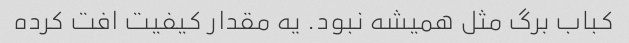
کباب برگ مثل همیشه نبود. یه مقدار کیفیت افت کرده